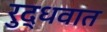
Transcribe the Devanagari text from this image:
रुद्धवात